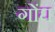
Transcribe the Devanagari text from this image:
गोंघ